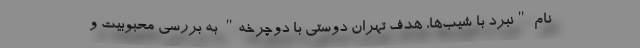
نام "نبرد با شیب‌ها، هدف تهران دوستی با دوچرخه" به بررسی محبوبیت و